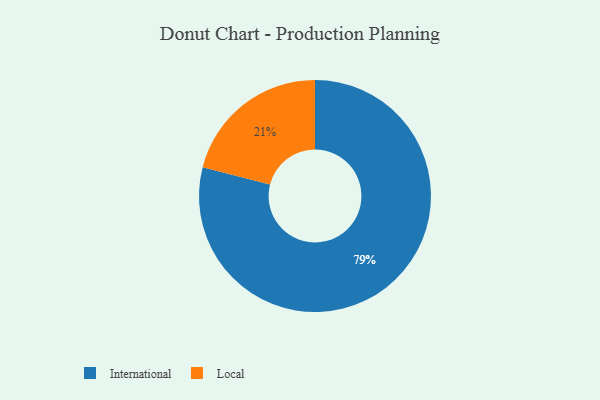
{"axis": {"x": "Category", "y": "Percentage"}, "legend": ["International", "Local"], "data": [{"x": "Local", "y": 21, "type": "Local"}, {"x": "International", "y": 79, "type": "International"}]}